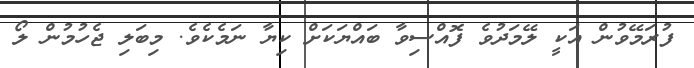
ފުރަމޭވުން އަކީ ލޭމަދުވެ ފޮއްސިވާ ބައްޔަކަށް ކިޔާ ނަމެކެވެ. މިބަލި ޖެހުމުން ލޯ